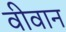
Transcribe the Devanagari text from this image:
वीवान